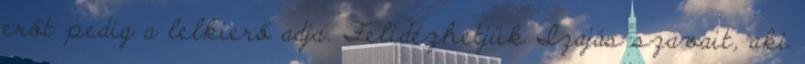
erőt pedig a lelkierő adja. Felidézhetjük Izajás szavait, aki